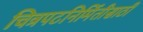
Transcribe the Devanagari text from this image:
चित्रपटनिर्मितीसाठी